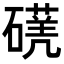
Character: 𥖈